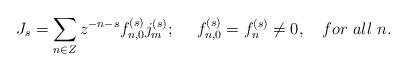
LaTeX: \begin{align*}J_s =\sum_{n\in Z} z^{-n-s} f_{n,0}^{(s)} j_m^{(s)};\ \ \ \ f_{n,0}^{(s)}=f_n^{(s)}\neq 0, \ \ \ for\ all\ n.\end{align*}